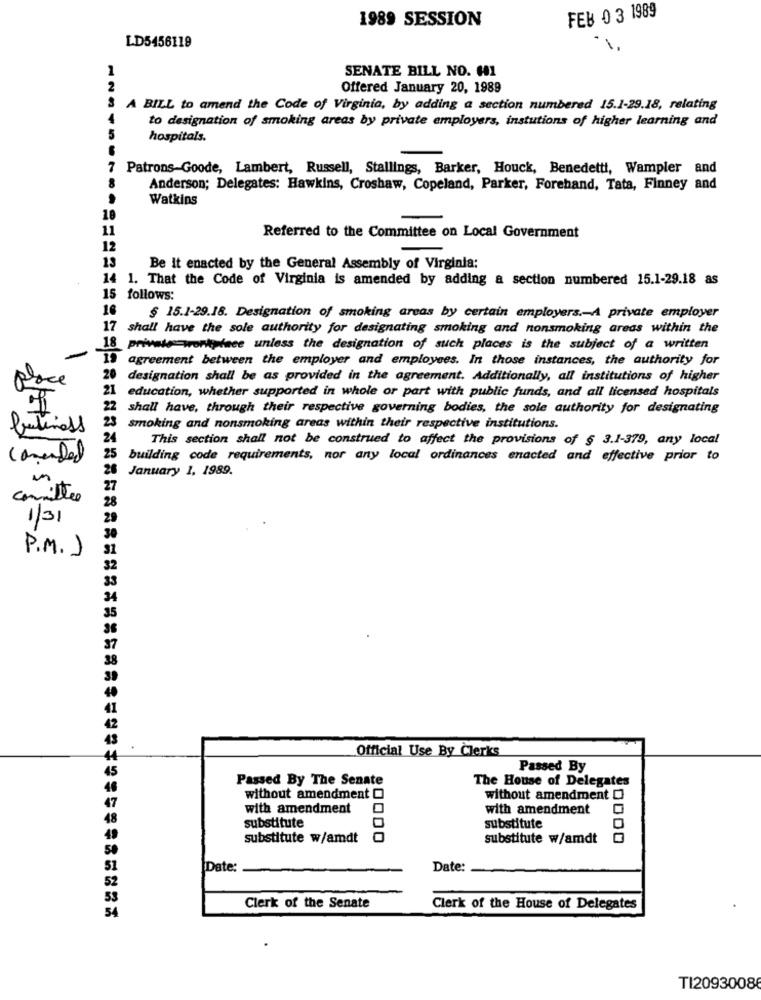
1989 SESSION
FEB 0 3 1989
LD5456119
1
SENATE BILL NO. 601
2
Offered January 20, 1989
A BILL to amend the Code of Virginia, by adding a section numbered 15.1-29.18, relating
to designation of smoking areas by private employers, instutions of higher learning and
hospitals.
7 Patrons-Goode, Lambert, Russell, Stallings, Barker, Houck, Benedetti, Wampler and
Anderson; Delegates: Hawkins, Croshaw, Copeland, Parker, Forehand, Tata, Finney and
123456764
Watkins
18
11
Referred to the Committee on Local Government
12
Be It enacted by the General Assembly of Virginia:
14 1. That the Code of Virginia is amended by adding a section numbered 15.1-29.18 as
15
follows:
16
§ 15.1-29.18. Designation of smoking areas by certain employers. A private employer
17
shall have the sole authority for designating smoking and nonsmoking areas within the
18
private workplace unless the designation of such places is the subject of a written
agreement between the employer and employees. In those instances, the authority for
place
20 designation shall be as provided in the agreement. Additionally, all institutions of higher
21 education, whether supported in whole or part with public funds, and all licensed hospitals
22
shall have, through their respective governing bodies, the sole authority for designating
25
butinoss
smoking and nonsmoking areas within their respective institutions.
24
This section shall not be construed to affect the provisions of § 3.1-379, any local
comended
25
building code requirements, nor any local ordinances enacted and effective prior to
26 January 1, 1989.
27
committe
28
1/31
29
30
31
P . M . J
32
33
34
35
36
37
38
39
43
Official Use By Clerks
44
45
Passed By
Passed By The Senate
The House of Delegates
48
47
without amendment 0
without amendment [
with amendment
with amendment
substitute
substitute
substitute w/amdt
substitute w/amdt
Date:
Date:
52
Clerk of the Senate
Clerk of the House of Delegates
TI2093008